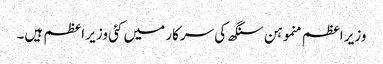
وزیر اعظم منموہن سنگھ کی سرکار میں کئی وزیر اعظم ہیں۔